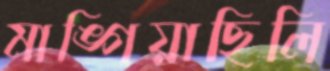
মাঙ্গিয়াছিলি